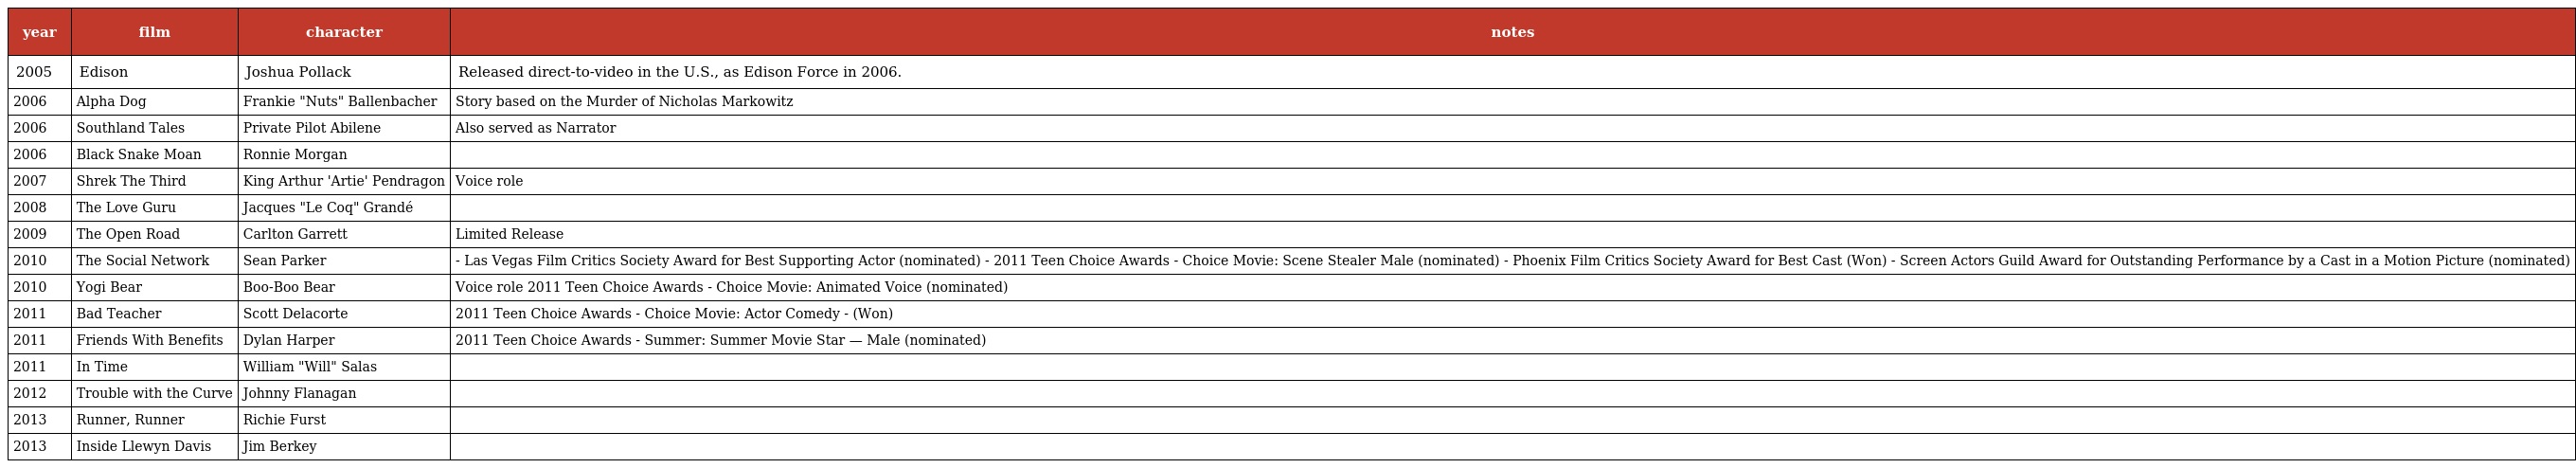
| year | film | character | notes |
 | --- | --- | --- | --- |
 | 2005 | Edison | Joshua Pollack | Released direct-to-video in the U.S., as Edison Force in 2006. |
 | 2006 | Alpha Dog | Frankie "Nuts" Ballenbacher | Story based on the Murder of Nicholas Markowitz |
 | 2006 | Southland Tales | Private Pilot Abilene | Also served as Narrator |
 | 2006 | Black Snake Moan | Ronnie Morgan |  |
 | 2007 | Shrek The Third | King Arthur 'Artie' Pendragon | Voice role |
 | 2008 | The Love Guru | Jacques "Le Coq" Grandé |  |
 | 2009 | The Open Road | Carlton Garrett | Limited Release |
 | 2010 | The Social Network | Sean Parker | - Las Vegas Film Critics Society Award for Best Supporting Actor (nominated) - 2011 Teen Choice Awards - Choice Movie: Scene Stealer Male (nominated) - Phoenix Film Critics Society Award for Best Cast (Won) - Screen Actors Guild Award for Outstanding Performance by a Cast in a Motion Picture (nominated) |
 | 2010 | Yogi Bear | Boo-Boo Bear | Voice role 2011 Teen Choice Awards - Choice Movie: Animated Voice (nominated) |
 | 2011 | Bad Teacher | Scott Delacorte | 2011 Teen Choice Awards - Choice Movie: Actor Comedy - (Won) |
 | 2011 | Friends With Benefits | Dylan Harper | 2011 Teen Choice Awards - Summer: Summer Movie Star — Male (nominated) |
 | 2011 | In Time | William "Will" Salas |  |
 | 2012 | Trouble with the Curve | Johnny Flanagan |  |
 | 2013 | Runner, Runner | Richie Furst |  |
 | 2013 | Inside Llewyn Davis | Jim Berkey |  |